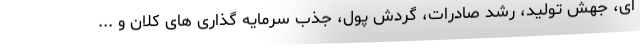
ای، جهش تولید، رشد صادرات، گردش پول، جذب سرمایه گذاری های کلان و ...